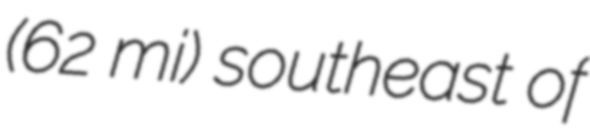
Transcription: (62 mi) southeast of